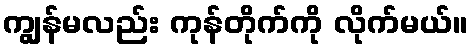
ကျွန်မလည်း ကုန်တိုက်ကို လိုက်မယ်။